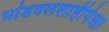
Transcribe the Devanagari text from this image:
भांडवलशाहीपेक्षा